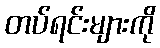
တပ်ရင်းများကို